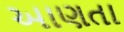
આણતા